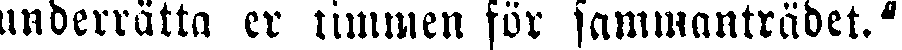
underrätta er timmen för sammanträdet."